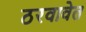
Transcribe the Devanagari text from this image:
ठरवावेत